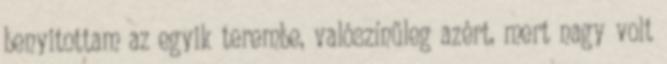
benyitottam az egyik terembe, valószínűleg azért, mert nagy volt